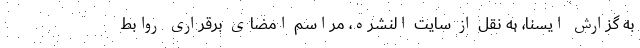
به گزارش ایسنا، به نقل از سایت النشره، مراسم امضای برقراری روابط